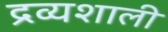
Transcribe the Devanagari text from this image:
द्रव्यशाली